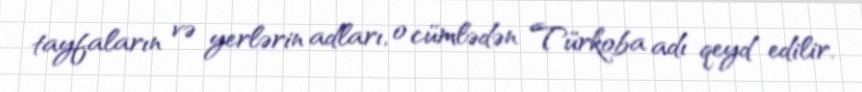
tayfaların və yerlərin adları, o cümlədən Türkoba adı qeyd edilir.